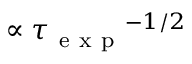
\propto { \tau _ { \mathrm { ~ e ~ x ~ p ~ } } } ^ { - 1 / 2 }